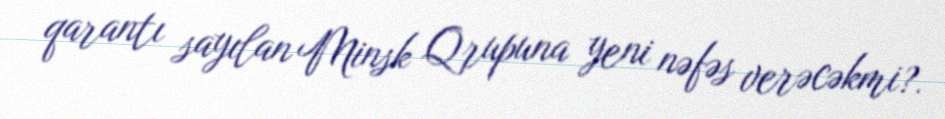
qarantı sayılan Minsk Qrupuna yeni nəfəs verəcəkmi?.